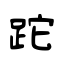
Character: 跎